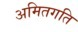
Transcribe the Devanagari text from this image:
अमितगति